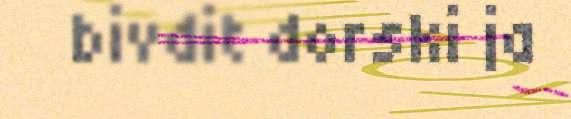
bivdit dorski ja